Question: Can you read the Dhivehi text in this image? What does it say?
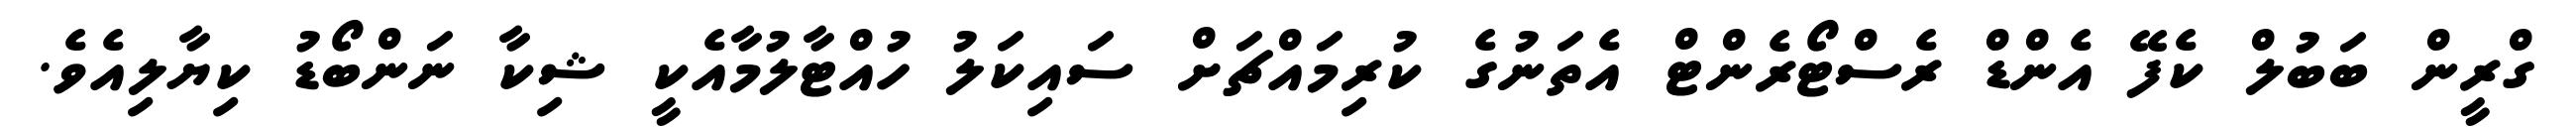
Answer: ގްރީން ބަބުލް ކެފޭ އެންޑް ރެސްޓޯރެންޓް އެތަނުގެ ކުރިމައްޗަށް ސައިކަލު ހުއްޓާލުމާއެކީ ޝިކާ ނަންބޯޑު ކިޔާލިއެވެ.